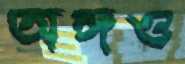
অঙ্গও